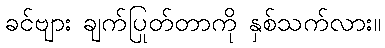
ခင်ဗျား ချက်ပြုတ်တာကို နှစ်သက်လား။